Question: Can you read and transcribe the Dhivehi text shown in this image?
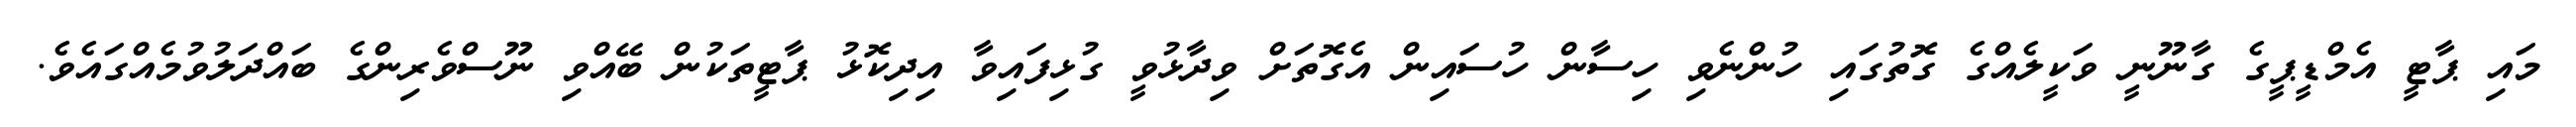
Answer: މައި ޕާޓީ އެމްޑީޕީގެ ގާނޫނީ ވަކީލެއްގެ ގޮތުގައި ހުންނެވި ހިސާން ހުސައިން އެގޮތަށް ވިދާޅުވީ ގުޅިފައިވާ އިދިކޮޅު ޕާޓީތަކުން ބޭއްވި ނޫސްވެރިންގެ ބައްދަލުވުމެއްގައެވެ.